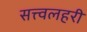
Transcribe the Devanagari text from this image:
सत्त्वलहरी